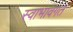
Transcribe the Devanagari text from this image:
स्वाभावगत